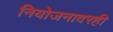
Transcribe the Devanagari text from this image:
नियोजनावरही